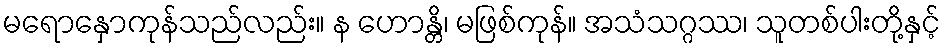
မရောနှောကုန်သည်လည်း။ န ဟောန္တိ၊ မဖြစ်ကုန်။ အသံသဂ္ဂဿ၊ သူတစ်ပါးတို့နှင့်